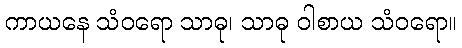
ကာယနေ သံဝရော သာဓု၊ သာဓု ဝါစာယ သံဝရော။